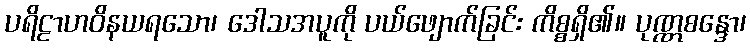
ပရိဠာဟဝိနယရသော၊ ဒေါသအပူကို ပယ်ဖျောက်ခြင်း ကိစ္စရှိ၏။ ပုဏ္ဏစန္ဒော၊